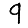
Digit: 9